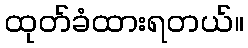
ထုတ်ခံထားရတယ်။